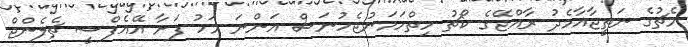
މެޗުގެ ނަތީޖާއާމެދު ރާއްޖޭގެ ކޯޗު ހިތްހަމަނުޖެހުނަސް އަންނަ މަހު ފަށާ އޭއެފްސީ ޗެލެންޖް